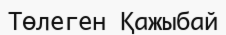
Төлеген Қажыбай